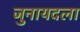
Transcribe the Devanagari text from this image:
जुनायदला